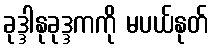
ခုဒ္ဒါနုခုဒ္ဒကကို မပယ်နုတ်